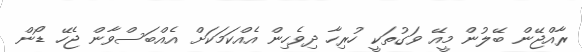
ރާއްޖޭން ބޭލުން މީއޭ ވަގުތަކީ ހުރިހާ ދިވެހިން އެއްކަމަކަށް އެއްބަސްވާން ޖެހޭ ޑޯން